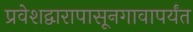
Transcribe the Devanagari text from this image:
प्रवेशद्वारापासूनगावापर्यंत